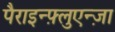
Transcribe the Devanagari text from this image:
पैराइन्फ़्लुएन्ज़ा